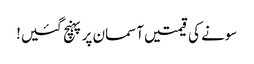
سونے کی قیمتیں آسمان پر پہنچ گئیں!